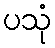
ပသုံ